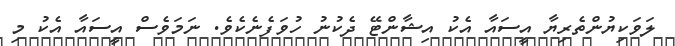
ލަވަކިޔުންތެރިޔާ އީސައާ އެކު އިޝާންޓޭ ދެކުނު ހުވަފެނެކެވެ. ނަމަވެސް އީސައާ އެކު މި